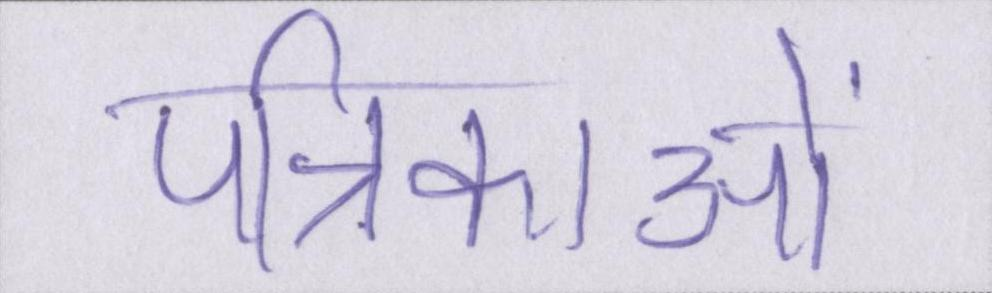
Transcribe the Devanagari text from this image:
पत्रिकाओं